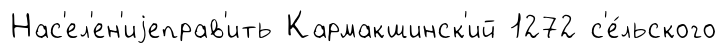
Нас'ел'ен'иjеправ'ить Кармакшинск'ий 1272 с'е́льского